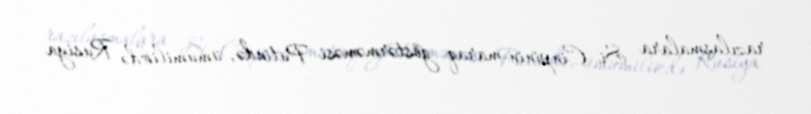
razılaşmalara Si Cinpinin maraq göstərməməsi Putində, ümumilikdə Rusiya